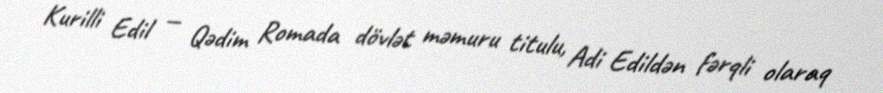
Kurilli Edil — Qədim Romada dövlət məmuru titulu, Adi Edildən fərqli olaraq